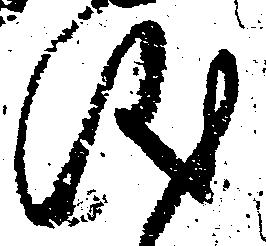
儀